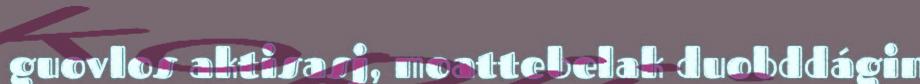
guovlos aktisasj, moattebelak duobddágin